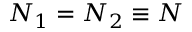
N _ { 1 } = N _ { 2 } \equiv N